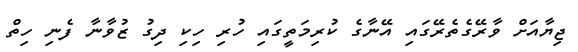
ޖިޔާއަށް ވާރޭގެތެރޭގައި އޭނާގެ ކުރިމަތީގައި ހުރި ހިކި ދިގު ޒުވާނާ ފެނި ހިތް